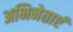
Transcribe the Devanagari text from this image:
अभिनेताएं